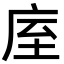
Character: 庢